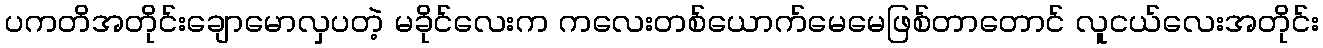
ပကတိအတိုင်းချောမောလှပတဲ့ မခိုင်လေးက ကလေးတစ်ယောက်မေမေဖြစ်တာတောင် လူငယ်လေးအတိုင်း